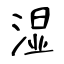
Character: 湿